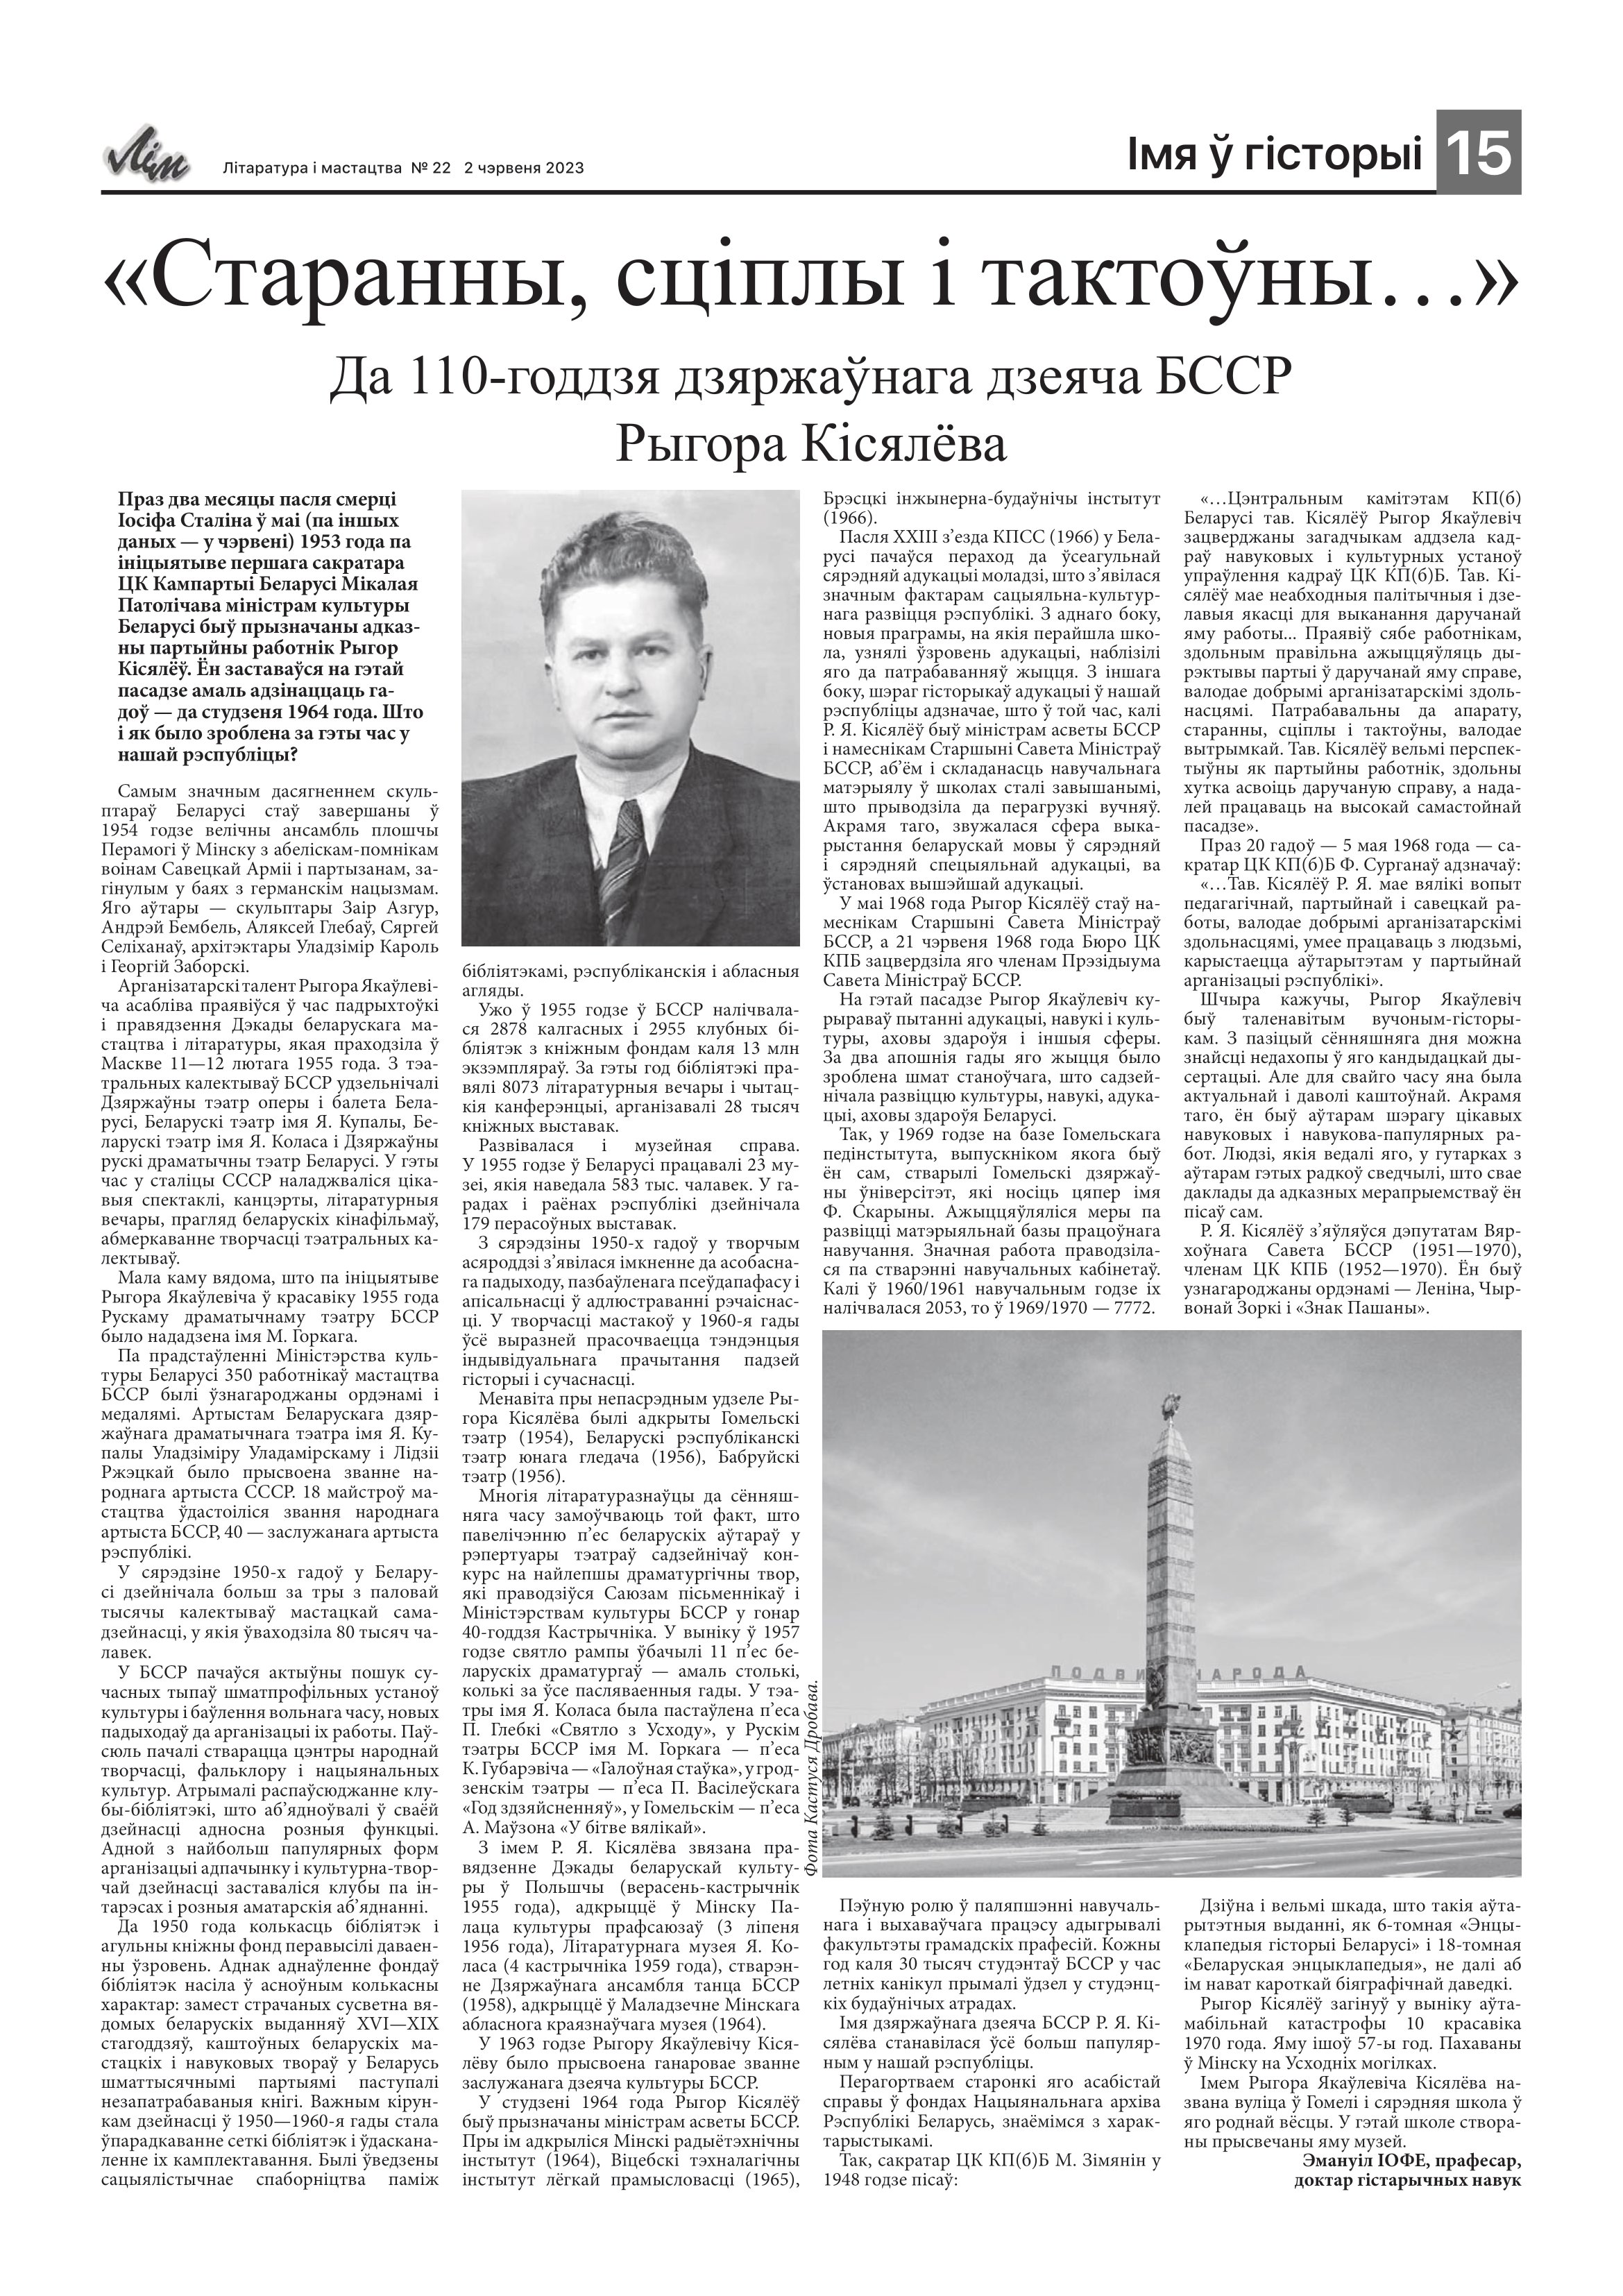
Language: be